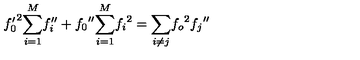
{ f _ { 0 } ^ { \prime } } ^ { 2 } { \sum _ { i = 1 } ^ { M } } { f _ { i } ^ { \prime \prime } } + { f _ { 0 } } ^ { \prime \prime } { \sum _ { i = 1 } ^ { M } } { f _ { i } } ^ { 2 } = { \sum _ { i \ne j } } { f _ { o } } ^ { 2 } { f _ { j } } ^ { \prime \prime }